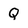
Character: Q